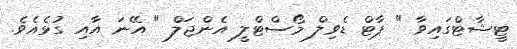
ޓީޝާޓްގައިވާ " ޕާޓް ޑެވިލް މޯސްޓްލީ އެންޖަލް " އޭނަ އާއި ގުޅެއެވެ.